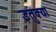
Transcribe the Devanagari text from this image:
इतुक्या